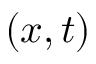
( x , t )